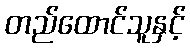
တည်ထောင်သူနှင့်